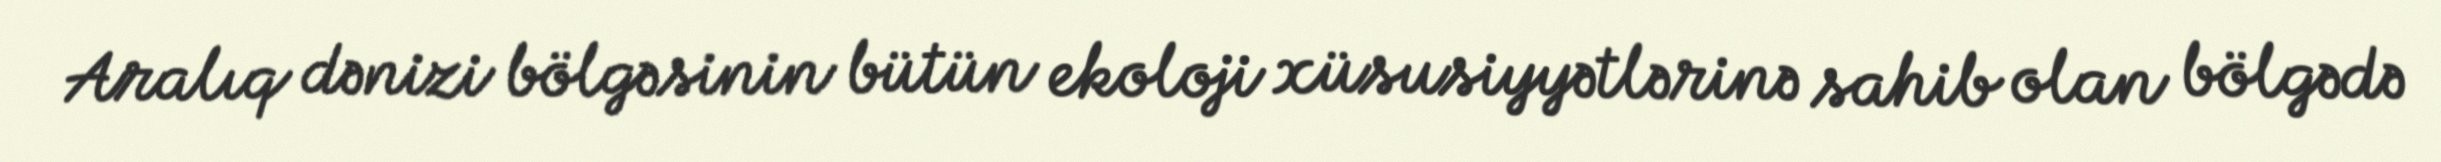
Aralıq dənizi bölgəsinin bütün ekoloji xüsusiyyətlərinə sahib olan bölgədə